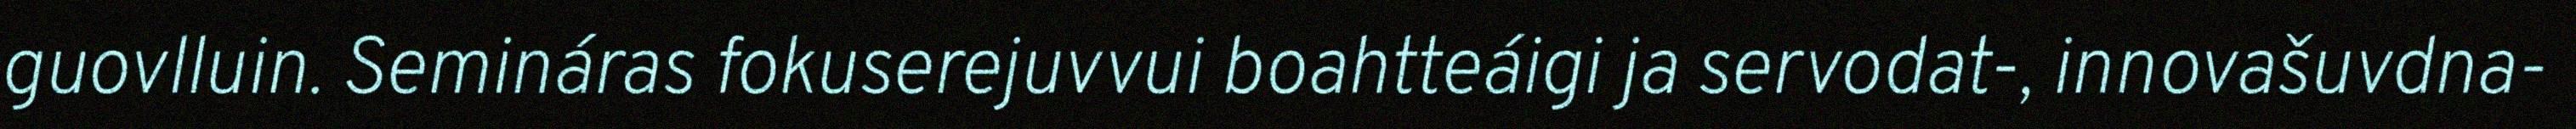
guovlluin. Semináras fokuserejuvvui boahtteáigi ja servodat-, innovašuvdna-